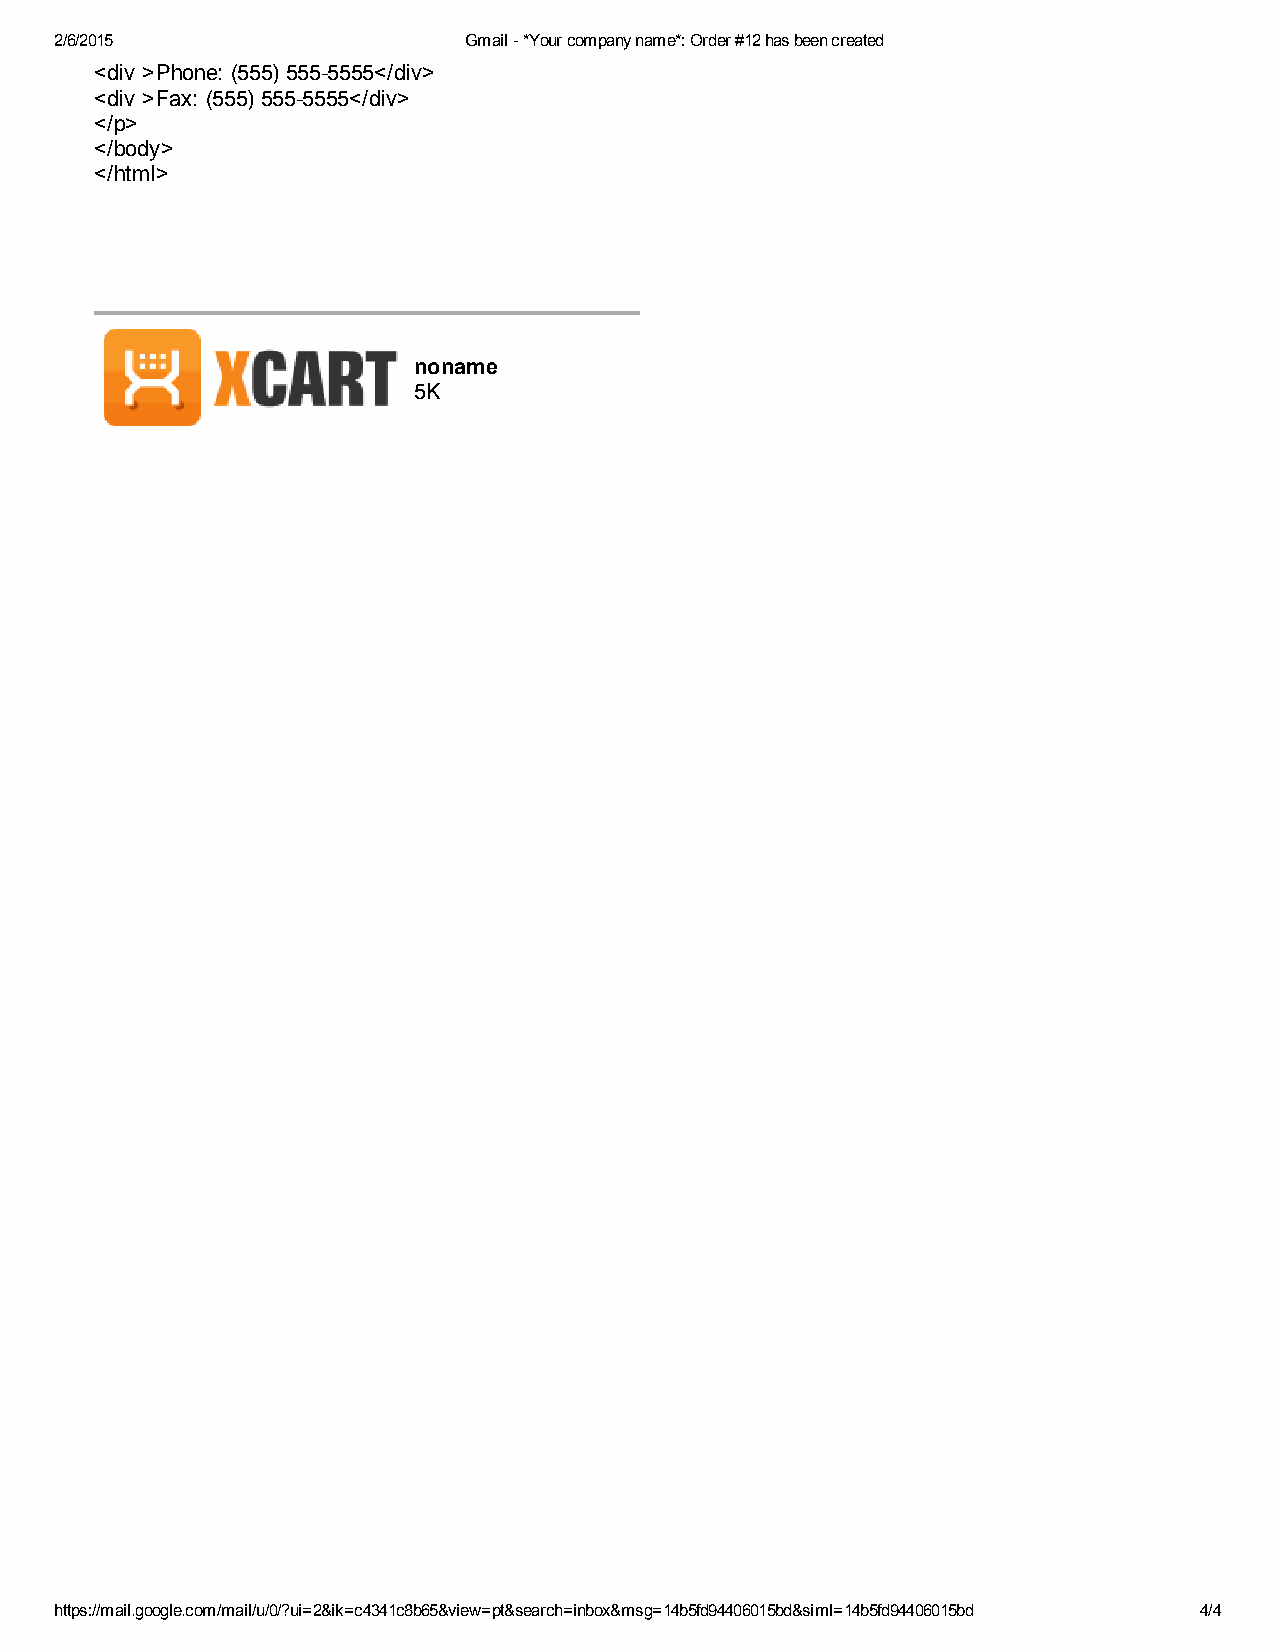
2/6/2015                   Gmail ­ *Your company name*: Order #12 has been created
 <div >Phone: (555) 555­5555</div>
 <div >Fax: (555) 555­5555</div>
 </p>
 </body>
 </html>
 noname
 5K
 https://mail.google.com/mail/u/0/?ui=2&ik=c4341c8b65&view=pt&search=inbox&msg=14b5fd94406015bd&siml=14b5fd94406015bd 4/4